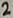
Text: 2